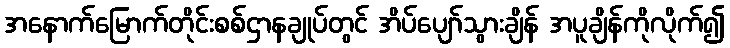
အနောက်မြောက်တိုင်းစစ်ဌာနချုပ်တွင် အိပ်ပျော်သွားချိန် အပူချိန်ကိုလိုက်၍